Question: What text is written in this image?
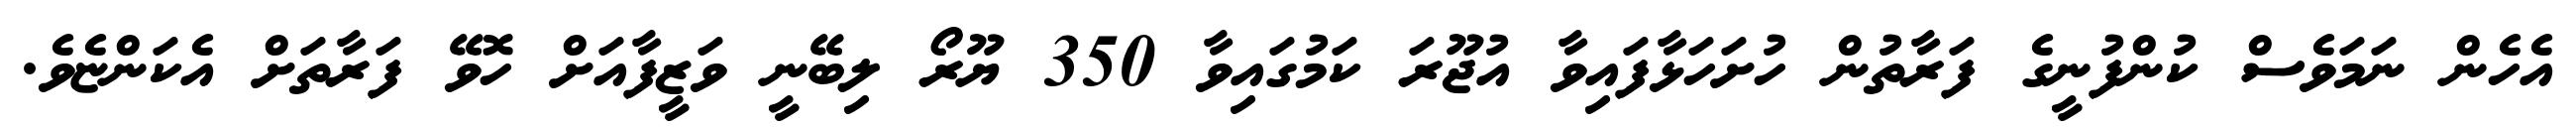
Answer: އެހެން ނަމަވެސް ކުންފުނީގެ ފަރާތުން ހުށަހަޅާފައިވާ އުޖޫރަ ކަމުގައިވާ 350 ޔޫރޯ ލިބޭނީ ވަޒީފާއަށް ހޮވޭ ފަރާތަށް އެކަންޏެވެ.